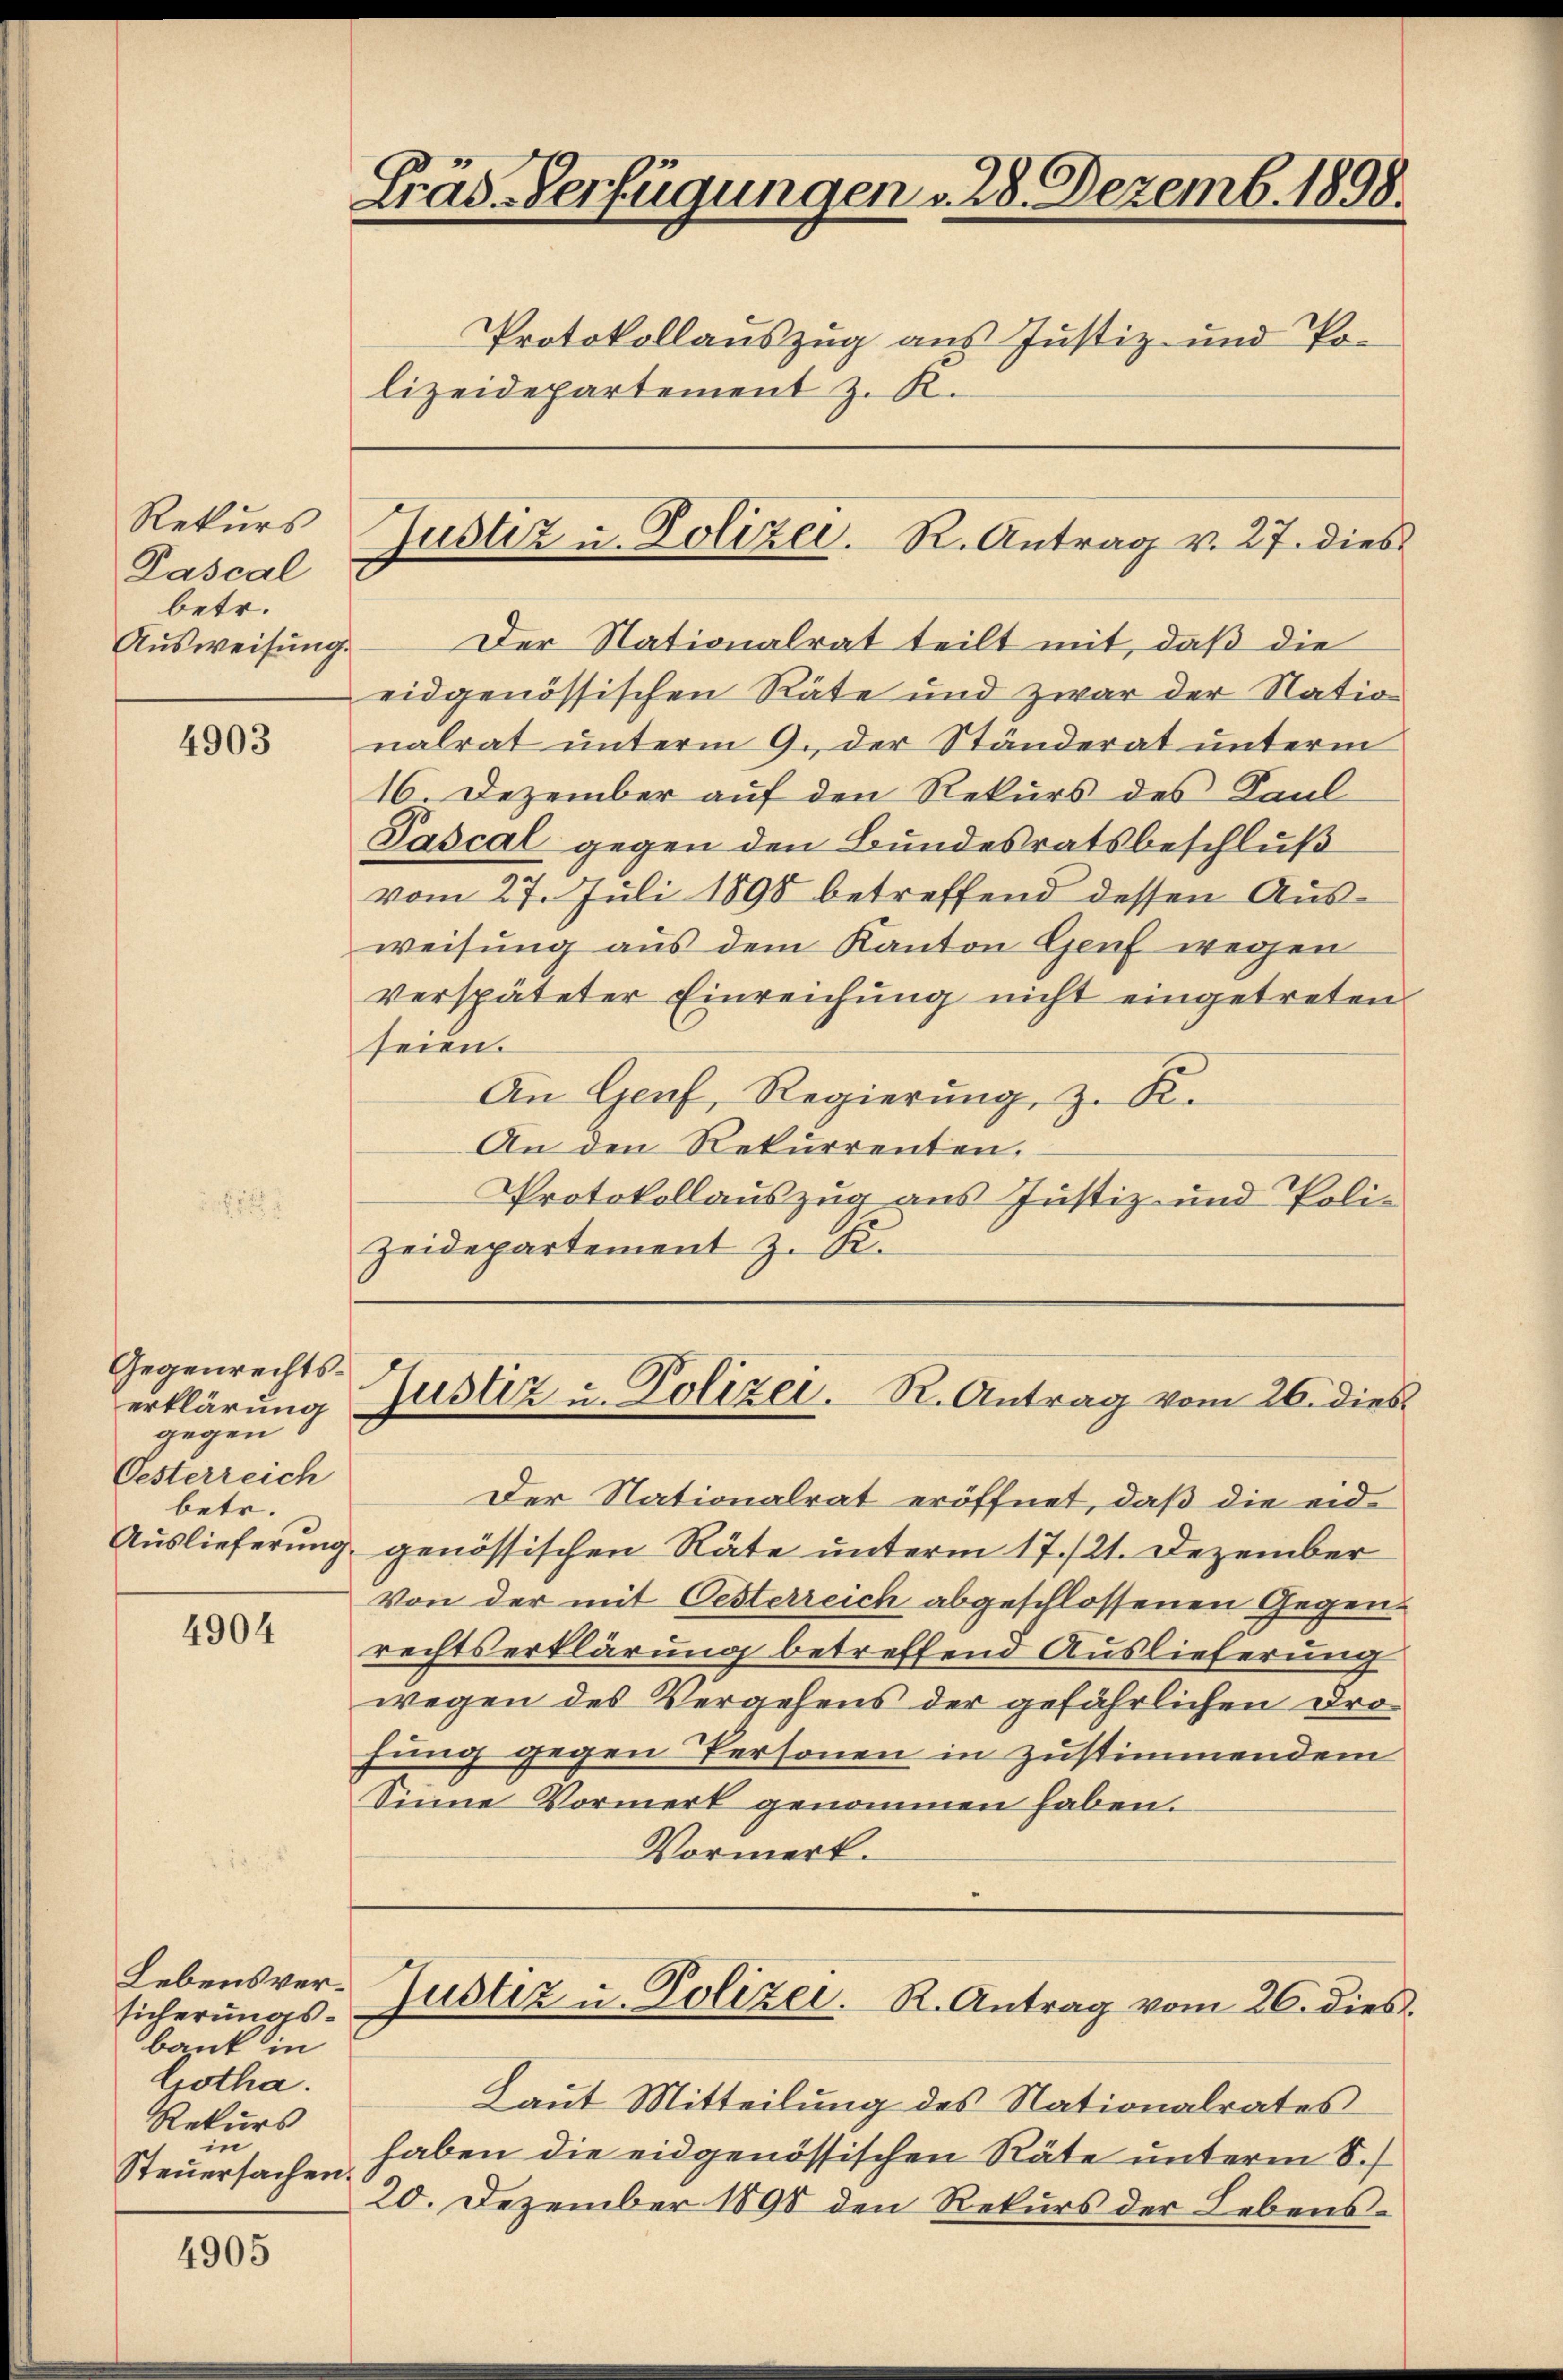
Rekurs
Pascal
betr.
Ausweisung.

4903

Gegenrechtserklärung
gegen
Oesterreich
betr.

4904

Lebensversicherungsbank in
Gotha.
Rekurs
in
Steuersachen.

4905

Präd-Verfügungen . 28. Dezemb. 1898.

Protokollauszug aus Justiz- und Polizeidepartement z. R.

Der Nationalrat teilt mit, daß die
eidgenössischen Räte und zwar der Nation
nalrat unterm 9. der Ständerat unterm
16. Dezember auf den Rekurs des Faul
Pascal gegen den Bundesratsbeschluß
vom 27. Juli 1898 betreffend dessen Ausweisung aus dem Kanton Genf wegen
verspäteter Einreichung nicht eingetreten
seien.
An Genf, Regierung, z. K.
An den Rekurrenten,
Protokollauszug aus Justiz- und Poli-
Zeidepartement z. K.

Justiz u. Polizei. R. Antrag v. 27. dies

Der Nationalrat eröffnet, daß die eid
Auslieferung genössischen Räte unterm 17./21. Dezember
Von der mit Oesterreich abgeschlossenen Gegenrechtserklärung betreffend Auslieferung
wegen des Vergehens der gefährlichen Drofung gegen Personen in zustimmendem
Sinne Vormerk genommen haben.
Vormerk.
Justiz u. Polizei. R. Antrag vom 20. dies.
Laut Mitteilung des Nationalrates
haben die eidgenössischen Räte unterm 8.
20. Dezember 1898 den Rekurs der Lebens-

Justiz u. Polizei. R. Antrag vom 26. dies